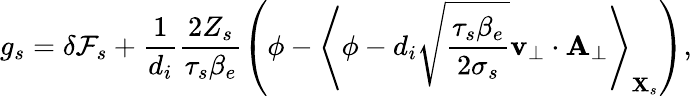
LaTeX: g_{s}=\delta{\mathcal{F}}_{s}+\frac{1}{d_{i}}\frac{2Z_{s}}{\tau_{s}\beta_{e}}\left(\phi-\left\langle\phi-d_{i}\sqrt{\frac{\tau_{s}\beta_{e}}{2\sigma_{s}}}\textbf{v}_{\perp}\cdot\textbf{A}_{\perp}\right\rangle_{\textbf{X}_{s}}\right),